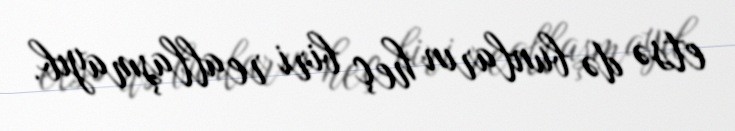
etsə də bunların heç biri reallaşmayıb.